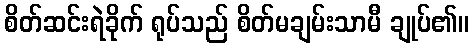
စိတ်ဆင်းရဲခိုက် ရုပ်သည် စိတ်မချမ်းသာမီ ချုပ်၏။